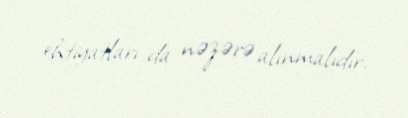
ehtiyatları da nəzərə alınmalıdır.